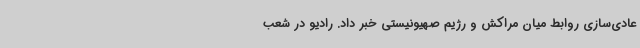
عادی‌سازی روابط میان مراکش و رژیم صهیونیستی خبر داد. رادیو در شعب